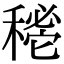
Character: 𥡔